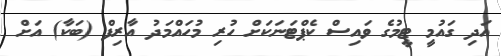
އަދި ގައުމީ ޓީމުގެ ވައިސް ކެޕްޓަނަކަށް ހުރި މުހައްމަދު އާރިފް (ބަކާ) އަށް